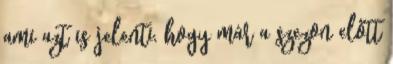
ami azt is jelenti, hogy már a szezon előtt